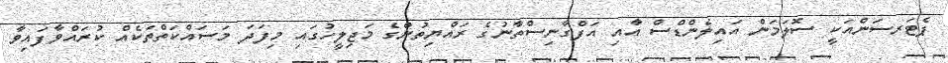
ޕެޓަރސަންއަކީ ސޮލަމަން އައިލެންޑްސް އާއި އަފްގާނިސްތާނުގެ ރައްޔިތުންގެ މަޖިލީހުގައި މިފަދަ މަސައްކަތްތަކެއް ކުރައްވާފައިވާ